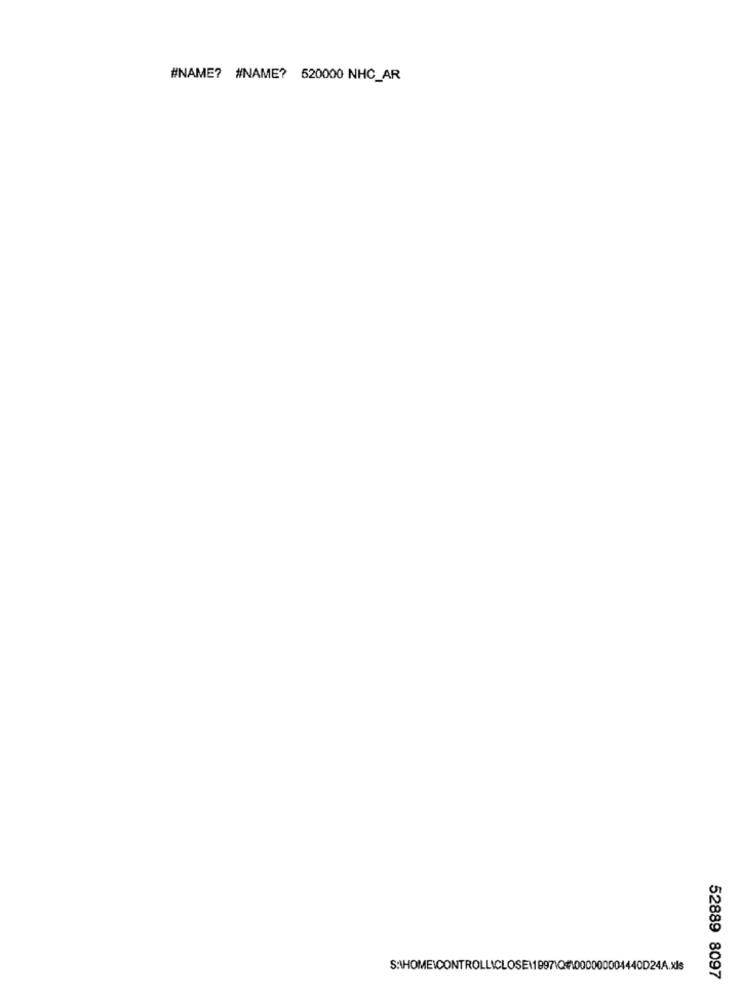
#NAME? #NAME? 520000 NHC_AR
S:\HOME\CONTROLLICLOSE\1997\Q1000000004440D24A.xls
52889 8097